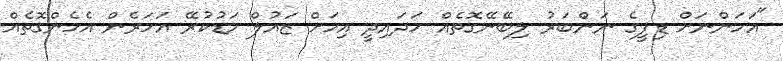
"އަހަންނަށް ޑިފީގެ ނަންބަރު ލިބޭނޭގޮތެއް ހަދައިދީ އިހަށް ޒައުލް މަޑުކުރޭ އަހަރެން އެހެންގޮތެއް